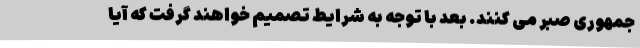
جمهوری صبر می کنند. بعد با توجه به شرایط تصمیم خواهند گرفت که آیا